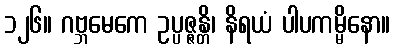
၁၂၆။ ဂဗ္ဘမေကေ ဥပ္ပဇ္ဇန္တိ၊ နိရယံ ပါပကမ္မိနော။